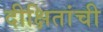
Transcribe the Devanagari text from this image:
दीक्षितांची